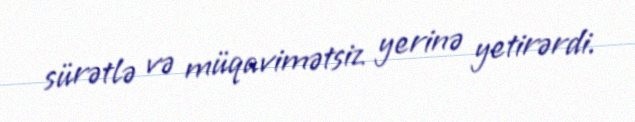
sürətlə və müqavimətsiz yerinə yetirərdi.